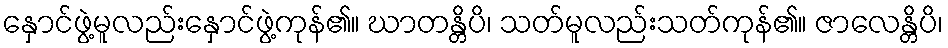
နှောင်ဖွဲ့မူလည်းနှောင်ဖွဲ့ကုန်၏။ ဃာတန္တိပိ၊ သတ်မူလည်းသတ်ကုန်၏။ ဇာလေန္တိပိ၊